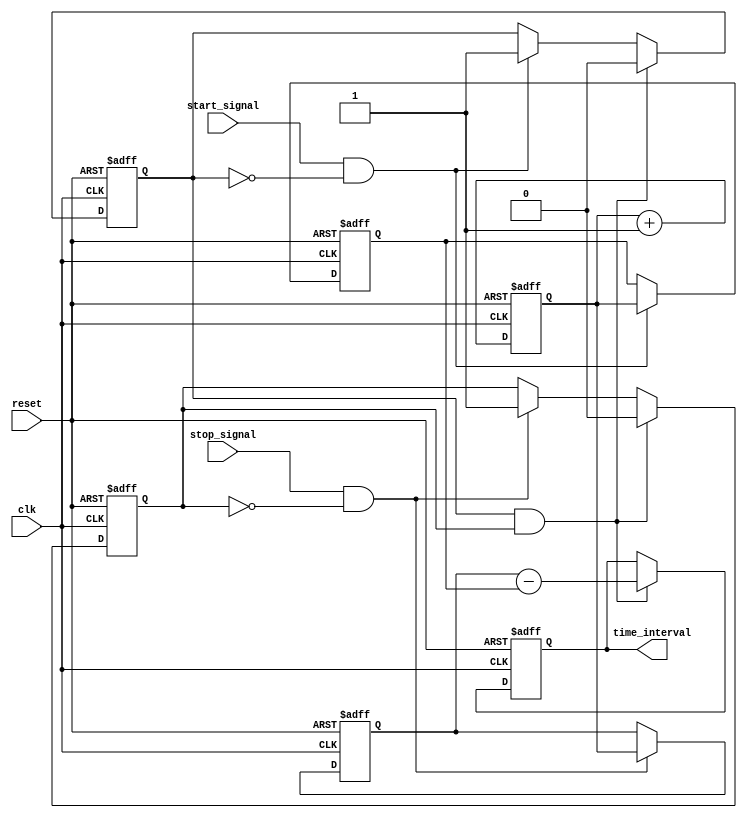
module tdc (
    input wire clk,                // High-frequency clock signal
    input wire reset,              // Reset signal to clear counter and storage
    input wire start_signal,       // Start event signal
    input wire stop_signal,        // Stop event signal
    output reg [31:0] time_interval // Measured time interval output
);

    reg [31:0] counter;            // Counter to measure time
    reg [31:0] start_time;         // Time captured at start event
    reg [31:0] stop_time;          // Time captured at stop event
    reg start_captured;            // Flag to indicate start time captured
    reg stop_captured;             // Flag to indicate stop time captured

    // Counter logic
    always @(posedge clk or posedge reset) begin
        if (reset) begin
            counter <= 32'b0;
        end else begin
            counter <= counter + 1;
        end
    end

    // Detect rising edge of start and stop signals
    always @(posedge clk or posedge reset) begin
        if (reset) begin
            start_time <= 32'b0;
            stop_time <= 32'b0;
            time_interval <= 32'b0;
            start_captured <= 1'b0;
            stop_captured <= 1'b0;
        end else begin
            // Capture start time on rising edge of start_signal
            if (start_signal && !start_captured) begin
                start_time <= counter;
                start_captured <= 1'b1; // Mark start captured
            end
            
            // Capture stop time on rising edge of stop_signal
            if (stop_signal && !stop_captured) begin
                stop_time <= counter;
                stop_captured <= 1'b1; // Mark stop captured
            end
            
            // Calculate time interval if both events have been captured
            if (start_captured && stop_captured) begin
                time_interval <= stop_time - start_time; // Calculate the difference
                // Reset captured flags for next measurement
                start_captured <= 1'b0;
                stop_captured <= 1'b0;
            end
        end
    end

endmodule